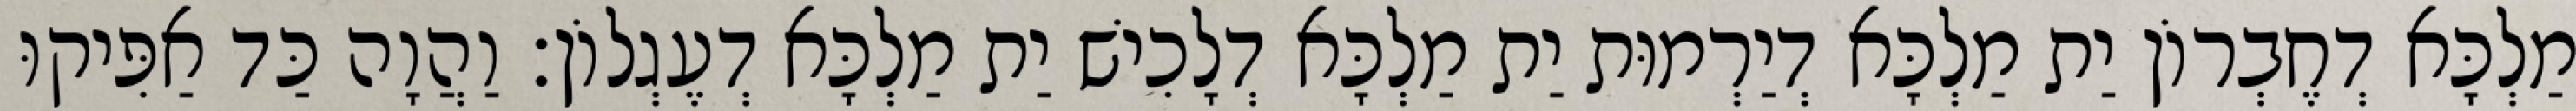
מַלְכָּא דְחֶבְרוֹן יַת מַלְכָּא דְיַרְמוּת יַת מַלְכָּא דְלָכִישׁ יַת מַלְכָּא דְעֶגְלוֹן׃ וַהֲוָה כַּד אַפִּיקוּ